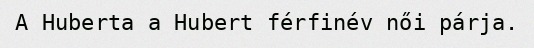
A Huberta a Hubert férfinév női párja.